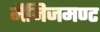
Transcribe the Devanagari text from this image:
मैनिजमण्ट